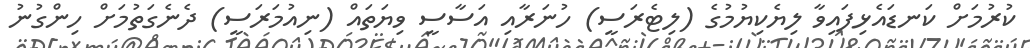
ކުރުމަށް ކަނޑައެޅިފައިވާ ލިޔެކިޔުމުގެ (ލިޓެރަސީ) ހުނަރާއި އަސާސީ ވިޔަތައް (ނިއުމަރަސީ) ދެނެގަތުމަށް ހިންގުނު